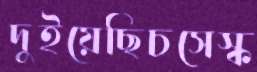
দুইয়েছিচসেস্ক